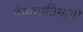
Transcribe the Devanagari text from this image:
दैवतप्रतिमांनी